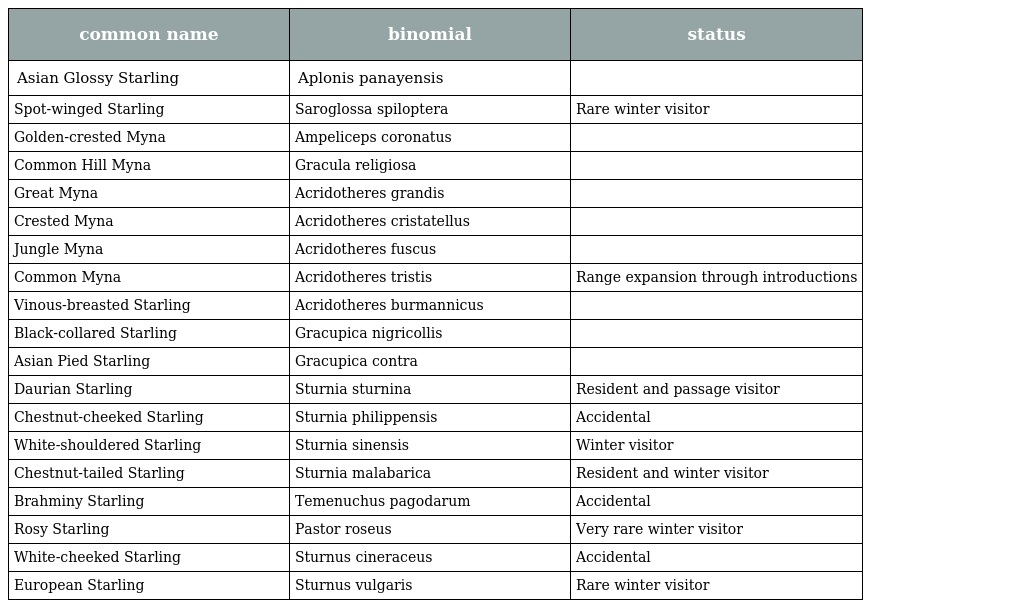
| common name | binomial | status |
 | --- | --- | --- |
 | Asian Glossy Starling | Aplonis panayensis |  |
 | Spot-winged Starling | Saroglossa spiloptera | Rare winter visitor |
 | Golden-crested Myna | Ampeliceps coronatus |  |
 | Common Hill Myna | Gracula religiosa |  |
 | Great Myna | Acridotheres grandis |  |
 | Crested Myna | Acridotheres cristatellus |  |
 | Jungle Myna | Acridotheres fuscus |  |
 | Common Myna | Acridotheres tristis | Range expansion through introductions |
 | Vinous-breasted Starling | Acridotheres burmannicus |  |
 | Black-collared Starling | Gracupica nigricollis |  |
 | Asian Pied Starling | Gracupica contra |  |
 | Daurian Starling | Sturnia sturnina | Resident and passage visitor |
 | Chestnut-cheeked Starling | Sturnia philippensis | Accidental |
 | White-shouldered Starling | Sturnia sinensis | Winter visitor |
 | Chestnut-tailed Starling | Sturnia malabarica | Resident and winter visitor |
 | Brahminy Starling | Temenuchus pagodarum | Accidental |
 | Rosy Starling | Pastor roseus | Very rare winter visitor |
 | White-cheeked Starling | Sturnus cineraceus | Accidental |
 | European Starling | Sturnus vulgaris | Rare winter visitor |